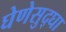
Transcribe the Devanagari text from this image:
घेणेसुद्घा